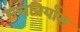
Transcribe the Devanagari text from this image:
मलनिर्यास